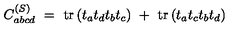
C _ { a b c d } ^ { ( S ) } \ = \ \mathrm { t r } \left( t _ { a } t _ { d } t _ { b } t _ { c } \right) \ + \ \mathrm { t r } \left( t _ { a } t _ { c } t _ { b } t _ { d } \right)